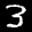
Label: 3